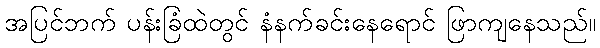
အပြင်ဘက် ပန်းခြံထဲတွင် နံနက်ခင်းနေရောင် ဖြာကျနေသည်။